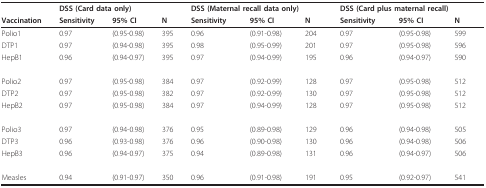
|  | <COLSPAN=3> DSS (Card data only) | <COLSPAN=3> DSS (Maternal recall data only) | <COLSPAN=3> DSS (Card plus maternal recall) |
 | Vaccination | Sensitivity | 95% CI | N | Sensitivity | 95% CI | N | Sensitivity | 95% CI | N |
 | --- | --- | --- | --- | --- | --- | --- | --- | --- | --- |
 | Polio1 | 0.97 | (0.95-0.98) | 395 | 0.96 | (0.91-0.98) | 204 | 0.97 | (0.95-0.98) | 599 |
 | DTP1 | 0.97 | (0.94-0.98) | 395 | 0.98 | (0.95-0.99) | 201 | 0.97 | (0.95-0.98) | 596 |
 | HepB1 | 0.96 | (0.94-0.97) | 395 | 0.97 | (0.94-0.99) | 195 | 0.96 | (0.94-0.97) | 590 |
 | Polio2 | 0.97 | (0.95-0.98) | 384 | 0.97 | (0.92-0.99) | 128 | 0.97 | (0.95-0.98) | 512 |
 | DTP2 | 0.97 | (0.95-0.98) | 382 | 0.97 | (0.92-0.99) | 130 | 0.97 | (0.95-0.98) | 512 |
 | HepB2 | 0.97 | (0.95-0.98) | 384 | 0.97 | (0.94-0.99) | 128 | 0.97 | (0.95-0.98) | 512 |
 | Polio3 | 0.97 | (0.94-0.98) | 376 | 0.95 | (0.89-0.98) | 129 | 0.96 | (0.94-0.98) | 505 |
 | DTP3 | 0.96 | (0.93-0.98) | 376 | 0.96 | (0.90-0.98) | 130 | 0.96 | (0.94-0.98) | 506 |
 | HepB3 | 0.96 | (0.94-0.97) | 375 | 0.94 | (0.89-0.98) | 131 | 0.96 | (0.94-0.97) | 506 |
 | Measles | 0.94 | (0.91-0.97) | 350 | 0.96 | (0.91-0.98) | 191 | 0.95 | (0.92-0.97) | 541 |